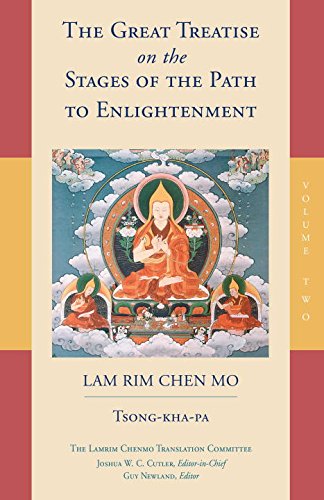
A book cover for The Great Treatise on the Stages of the Path to Enlightenment (Volume 2); Tsong-Kha-Pa; Religion & Spirituality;